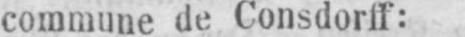
commune de Consdorff: